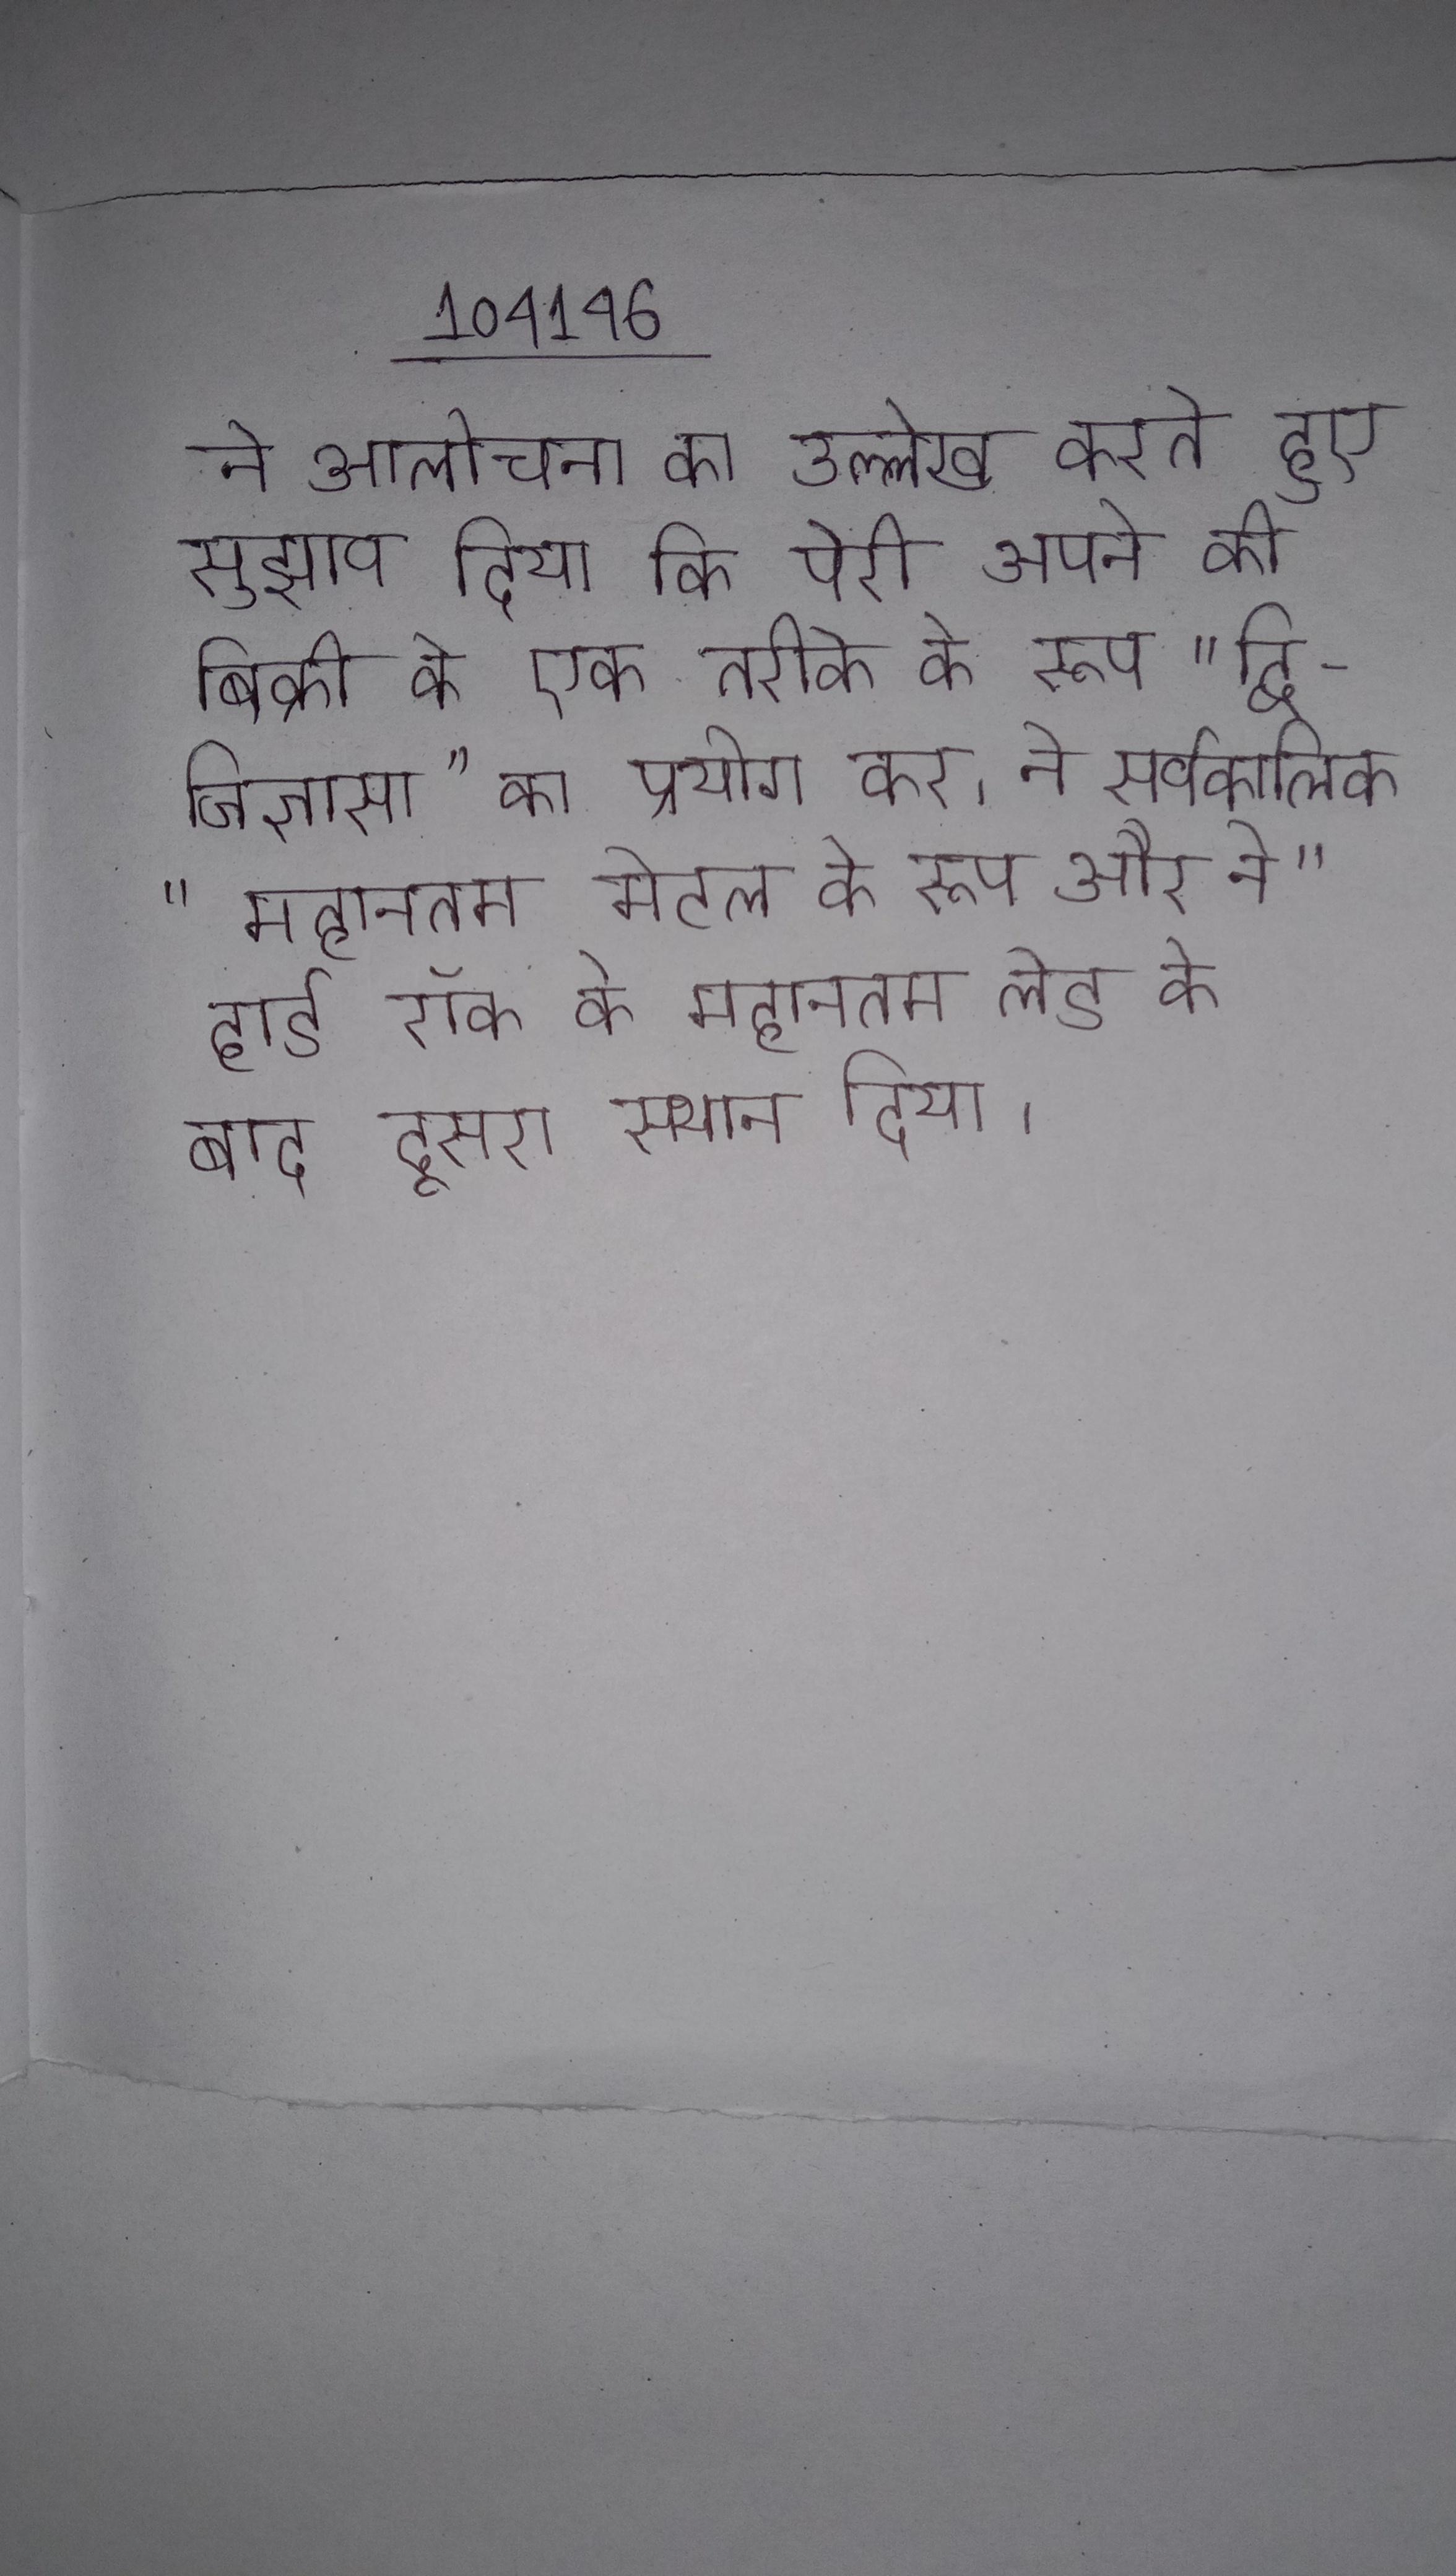
ने आलोचना का उल्लेख करते हुए सुझाव दिया कि पेरी अपने की बिक्री के एक तरीके के रूप "द्वि-जिज्ञासा" का प्रयोग कर । ने सर्वकालिक "महानतम मेटल के रूप और ने "हार्ड रॉक के महानतम लेड के बाद दूसरा स्थान दिया ।